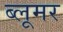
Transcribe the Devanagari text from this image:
ब्लूमर